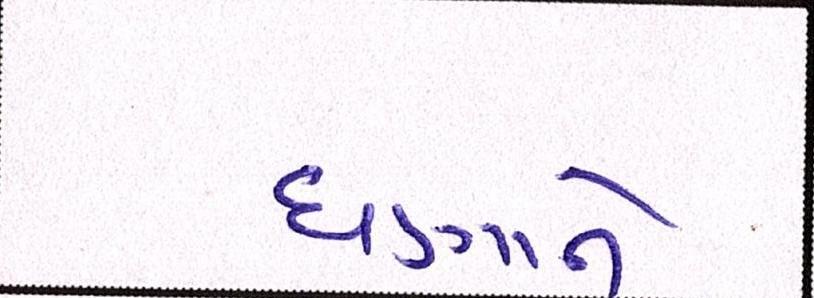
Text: ઘણાંને